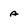
Character: a